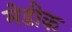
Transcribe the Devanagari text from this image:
मेडीक